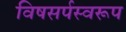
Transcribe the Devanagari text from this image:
विषसर्पस्वरूप